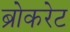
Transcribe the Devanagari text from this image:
ब्रोकरेट